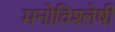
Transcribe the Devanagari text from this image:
मनोविश्लेषी